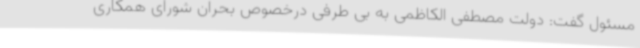
مسئول گفت: دولت مصطفی الکاظمی به بی طرفی درخصوص بحران شورای همکاری